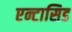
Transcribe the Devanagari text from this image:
एन्टासिड